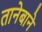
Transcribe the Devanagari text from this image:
तानेबाने